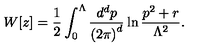
W [ z ] = { \frac { 1 } { 2 } } \int _ { 0 } ^ { \Lambda } { \frac { d ^ { d } p } { { ( 2 \pi ) } ^ { d } } } \ln { \frac { p ^ { 2 } + r } { \Lambda ^ { 2 } } } .